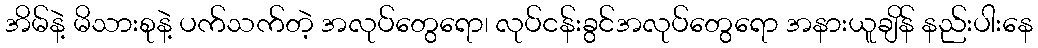
အိမ်နဲ့ မိသားစုနဲ့ ပက်သက်တဲ့ အလုပ်တွေရော၊ လုပ်ငန်းခွင်အလုပ်တွေရော အနားယူချိန် နည်းပါးနေ